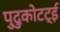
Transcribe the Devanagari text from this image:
पुदुकोटट्ई